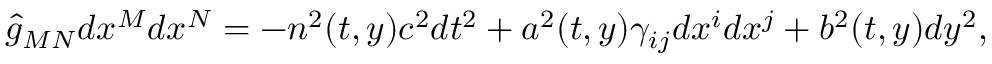
\hat { g } _ { M N } d x ^ { M } d x ^ { N } = - n ^ { 2 } ( t , y ) c ^ { 2 } d t ^ { 2 } + a ^ { 2 } ( t , y ) \gamma _ { i j } d x ^ { i } d x ^ { j } + b ^ { 2 } ( t , y ) d y ^ { 2 } ,